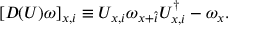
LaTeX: [ { \cal D } ( U ) \omega ] _ { x , i } \equiv U _ { x , i } \omega _ { x + \hat { i } } U _ { x , i } ^ { \dagger } - \omega _ { x } .